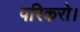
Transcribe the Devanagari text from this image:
परिकरो।